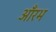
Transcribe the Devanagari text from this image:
आँरभ